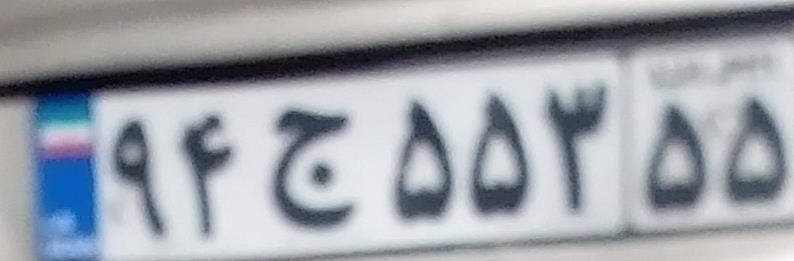
۹۴ج۵۵۳۵۵